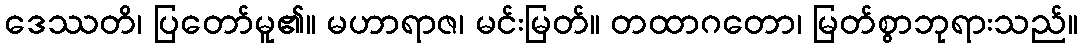
ဒေဿတိ၊ ပြတော်မူ၏။ မဟာရာဇ၊ မင်းမြတ်။ တထာဂတော၊ မြတ်စွာဘုရားသည်။